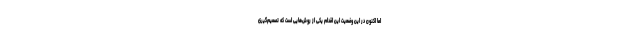
اما اکنون در این وضعیت این اقدام یکی از روش‌هایی است که تصمیم‌گیری